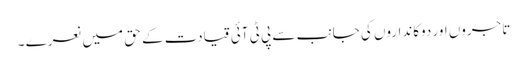
تاجروں اور دوکانداروں کی جانب سے پی ٹی آئی قیادت کے حق میں نعرے ۔